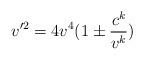
LaTeX: \begin{align*}v'^2 = 4 v^4 (1 \pm {c^k \over v^k})\end{align*}